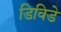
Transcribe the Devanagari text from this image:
डिविडे